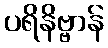
ပရိနိဗ္ဗာန်